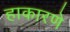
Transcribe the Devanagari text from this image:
हाकारणे